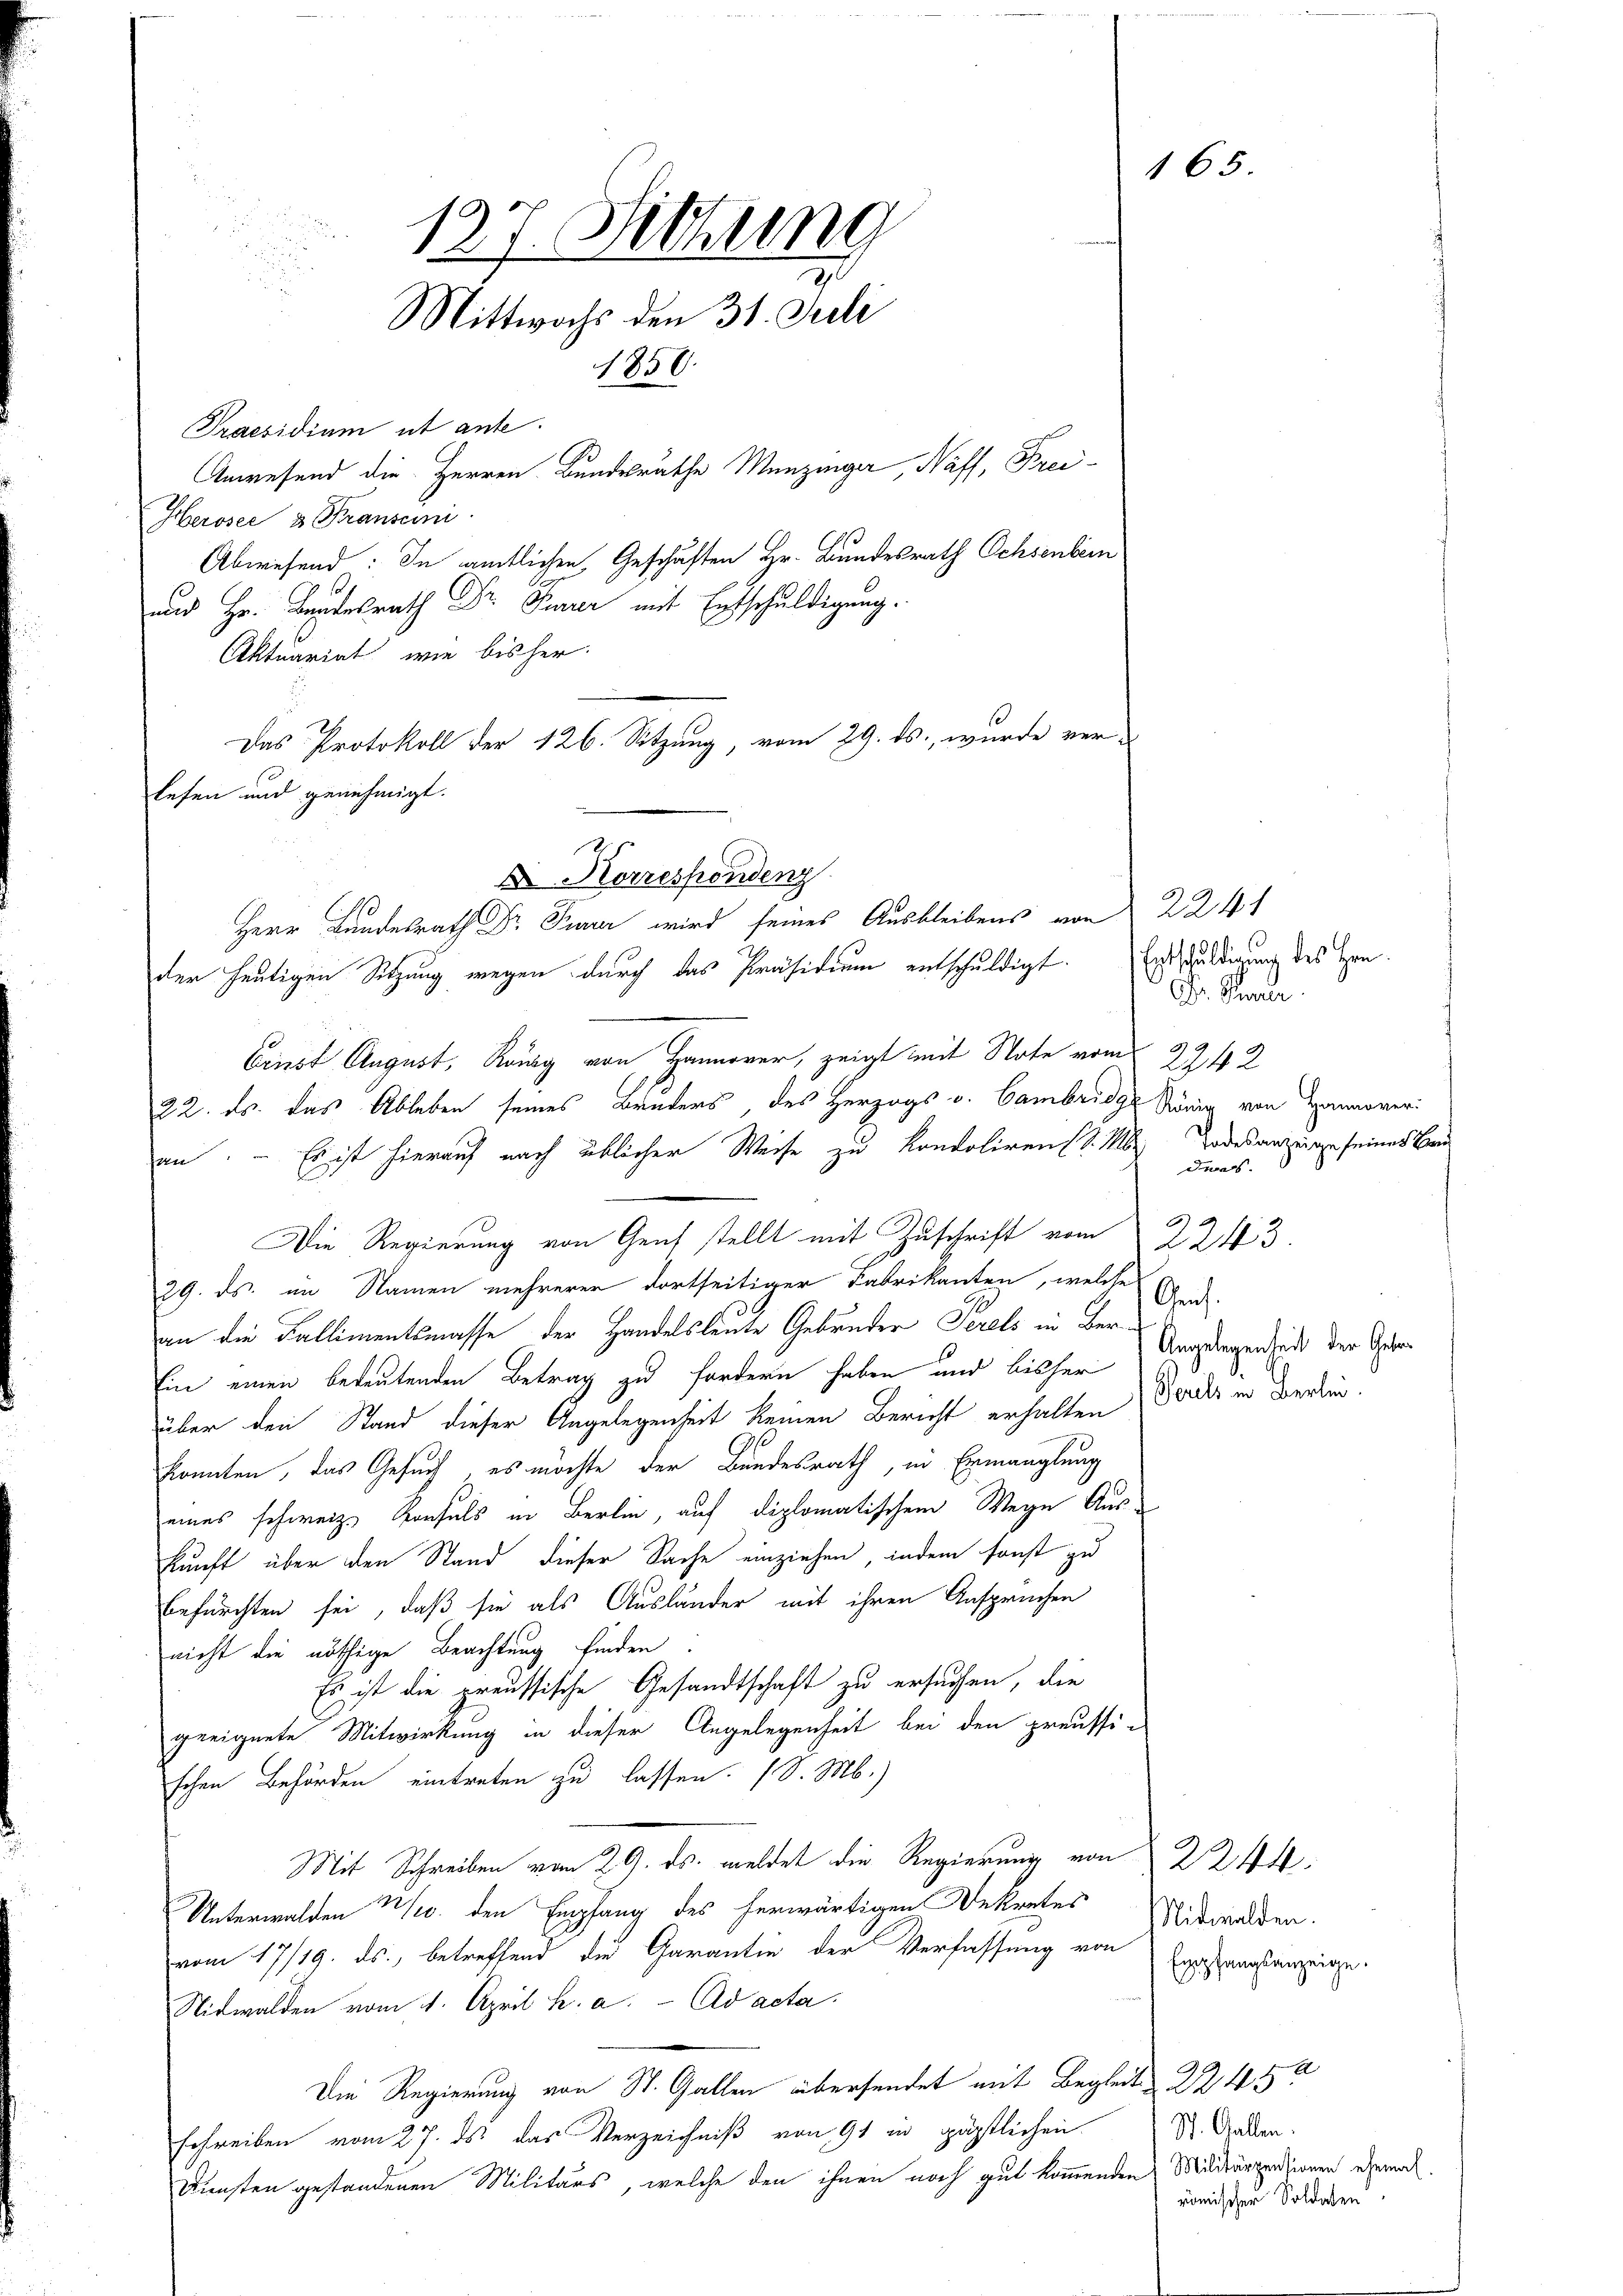
127. Sitzung
Mittwochs den 31. Juli
1850.
Praesidium ut ante.
Anwesend die Herren Bundesräthe Menzinger, Naff, Frei¬
Heroser u Franscini
Abwesend: In amtlichen Geschäften Hr. Bundesrath Ochsenbern
und Hr. Bundesrath Dr. Parer mit Entschuldigung.
Aktuariat wie bisher.
Das Protokoll der 126. Sitzung, vom 29. ds., wurde ver-

lesen und genehmigt.

an. – Es ist hierauf nach üblicher Weise zu kondoliren (S. 1
Die Regierung von Genf stellt mit Zuschrift vom 2243.
29. ds. im Namen mehrerer dortseitiger Fabrikanton, welche
an die Kallimentsmasse der Handelsleute Gebrüder Serels in Ber¬
Ein einen bedeutenden Betrag zu fordern haben und bisher
über den Stand dieser Angelegenheit keinen Bericht erhalten
konnten, das Gesuch, es möchte der Bundesrath, in Ermanglung
eines schweiz. Konsuls in Berlin, auf diplomatischem Wege Auskunft über den Stand dieser Sache einziehen, indem sonst zu
befürchten sei, daß sie als Ausländer mit ihren Anspruchen
nicht die nöthige Beachtung finden.
Es ist die preussische Gesandtschaft zu ersuchen, die
geeignete Mitwirkung in dieser Angelegenheit bei den preussischen Behörden eintreten zu lassen. (S. M.)
Mit Schreiben vom 29. ds. meldet die Regierung von 2244
Unterwalden Nov. den Empfang des herwärtigen Dekrates
vom 17/19. ds., betreffend die Garantin der Verfassung von Egastangsanzeige.
Nidwalden vom 4. April h. a. ad acta.
Die Regierung von St. Gallen übersendet mit Begleite 22450
schreiben vom 27. ds. das Verzeichniß von 91 in päpstlichen
Dunsten gestandenen Militärs, welche den ihnen noch gut kommenden Militärpensionen ehemal

der heutigen Sitzung wegen durch das Präsidium entschuldigt. Entschuldigung des Hrn.

Ernst August, König von Hannover, zeigt mit Note vom 5.
22. ds. das Ableben seines Bruders, des Herzogs v. Cambridge König von Hannover

D Korrespondenz
Herr Bundesrath Dr Paar wird seines Ausbleibens von 2241

165.

Dr. Rivier.
2242
Todesanzeige seines Brudir.

Genf.
Angelegenheit der Gebe¬
Perils in Berlei.

Midwalden.
St. Gallen.
römischer Soldaten.